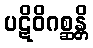
ပဋိဝိဂစ္ဆန္တိ